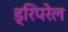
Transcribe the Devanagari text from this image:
ड्रिपरेल